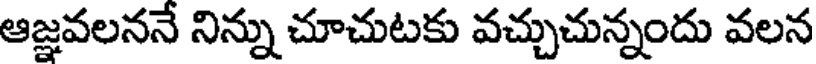
ఆజ్ఞవలననే నిన్ను చూచుటకు వచ్చుచున్నందు వలన